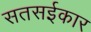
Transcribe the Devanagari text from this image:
सतसईकार